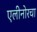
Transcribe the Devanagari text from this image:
एलीनोरचा